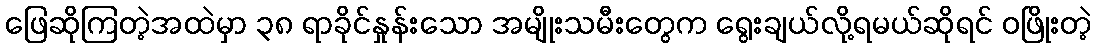
ဖြေဆိုကြတဲ့အထဲမှာ ၃၈ ရာခိုင်နှုန်းသော အမျိုးသမီးတွေက ရွေးချယ်လို့ရမယ်ဆိုရင် ဝဖြိုးတဲ့